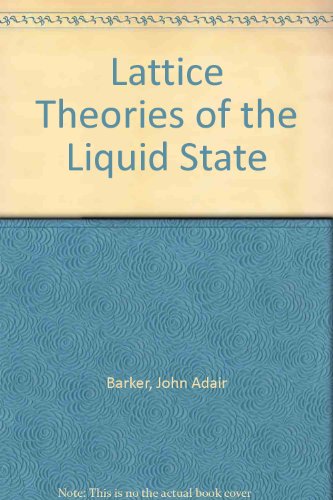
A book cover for Lattice Theories of the Liquid State.; J.A. Barker; Science & Math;